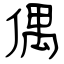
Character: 偶